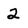
Character: 2